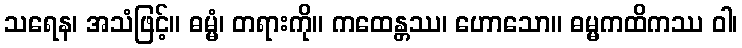
သရေန၊ အသံဖြင့်။ ဓမ္မံ၊ တရားကို။ ကထေန္တဿ၊ ဟောသော။ ဓမ္မကထိကဿ ဝါ၊